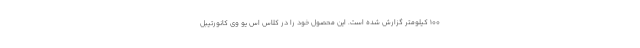
100 کیلومتر گزارش شده است. این محصول خود را در کلاس اس یو وی کانورتیبل